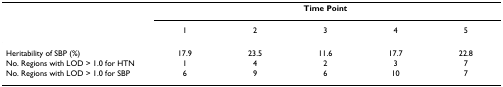
|  | <COLSPAN=5> Time Point |
 |  | 1 | 2 | 3 | 4 | 5 |
 | --- | --- | --- | --- | --- | --- |
 | Heritability of SBP (%) | 17.9 | 23.5 | 11.6 | 17.7 | 22.8 |
 | No. Regions with LOD > 1.0 for HTN | 1 | 4 | 2 | 3 | 7 |
 | No. Regions with LOD > 1.0 for SBP | 6 | 9 | 6 | 10 | 7 |